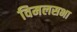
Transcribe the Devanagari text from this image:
विमलसभा